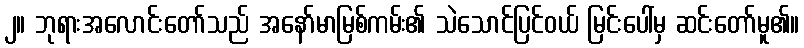
၂။ ဘုရားအလောင်းတော်သည် အနော်မာမြစ်ကမ်း၏ သဲသောင်ပြင်ဝယ် မြင်းပေါ်မှ ဆင်းတော်မူ၏။